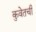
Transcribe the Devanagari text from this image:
कुवेतची